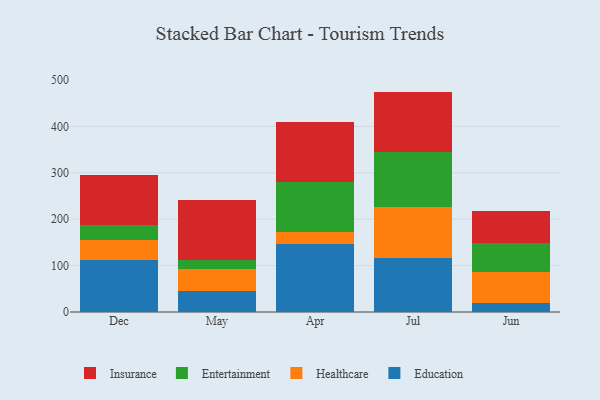
{"axis": {"x": "Month", "y": "Temperature (°C)"}, "legend": ["Education", "Entertainment", "Healthcare", "Insurance"], "data": [{"x": "Dec", "y": 111.3, "type": "Education"}, {"x": "Dec", "y": 43.8, "type": "Healthcare"}, {"x": "Dec", "y": 33.3, "type": "Entertainment"}, {"x": "Dec", "y": 107.7, "type": "Insurance"}, {"x": "May", "y": 45.8, "type": "Education"}, {"x": "May", "y": 46.8, "type": "Healthcare"}, {"x": "May", "y": 19.0, "type": "Entertainment"}, {"x": "May", "y": 130.0, "type": "Insurance"}, {"x": "Apr", "y": 146.8, "type": "Education"}, {"x": "Apr", "y": 26.7, "type": "Healthcare"}, {"x": "Apr", "y": 106.6, "type": "Entertainment"}, {"x": "Apr", "y": 128.8, "type": "Insurance"}, {"x": "Jul", "y": 115.5, "type": "Education"}, {"x": "Jul", "y": 110.3, "type": "Healthcare"}, {"x": "Jul", "y": 119.6, "type": "Entertainment"}, {"x": "Jul", "y": 129.6, "type": "Insurance"}, {"x": "Jun", "y": 20.0, "type": "Education"}, {"x": "Jun", "y": 65.9, "type": "Healthcare"}, {"x": "Jun", "y": 63.1, "type": "Entertainment"}, {"x": "Jun", "y": 68.7, "type": "Insurance"}]}